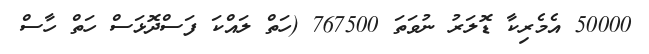
50000 އެމެރިކާ ޑޮލަރު ނުވަތަ 767500 (ހަތް ލައްކަ ފަސްދޮޅަސް ހަތް ހާސް